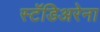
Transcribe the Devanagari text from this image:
स्टॅडिअरेना